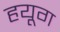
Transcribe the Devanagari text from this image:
हयूग